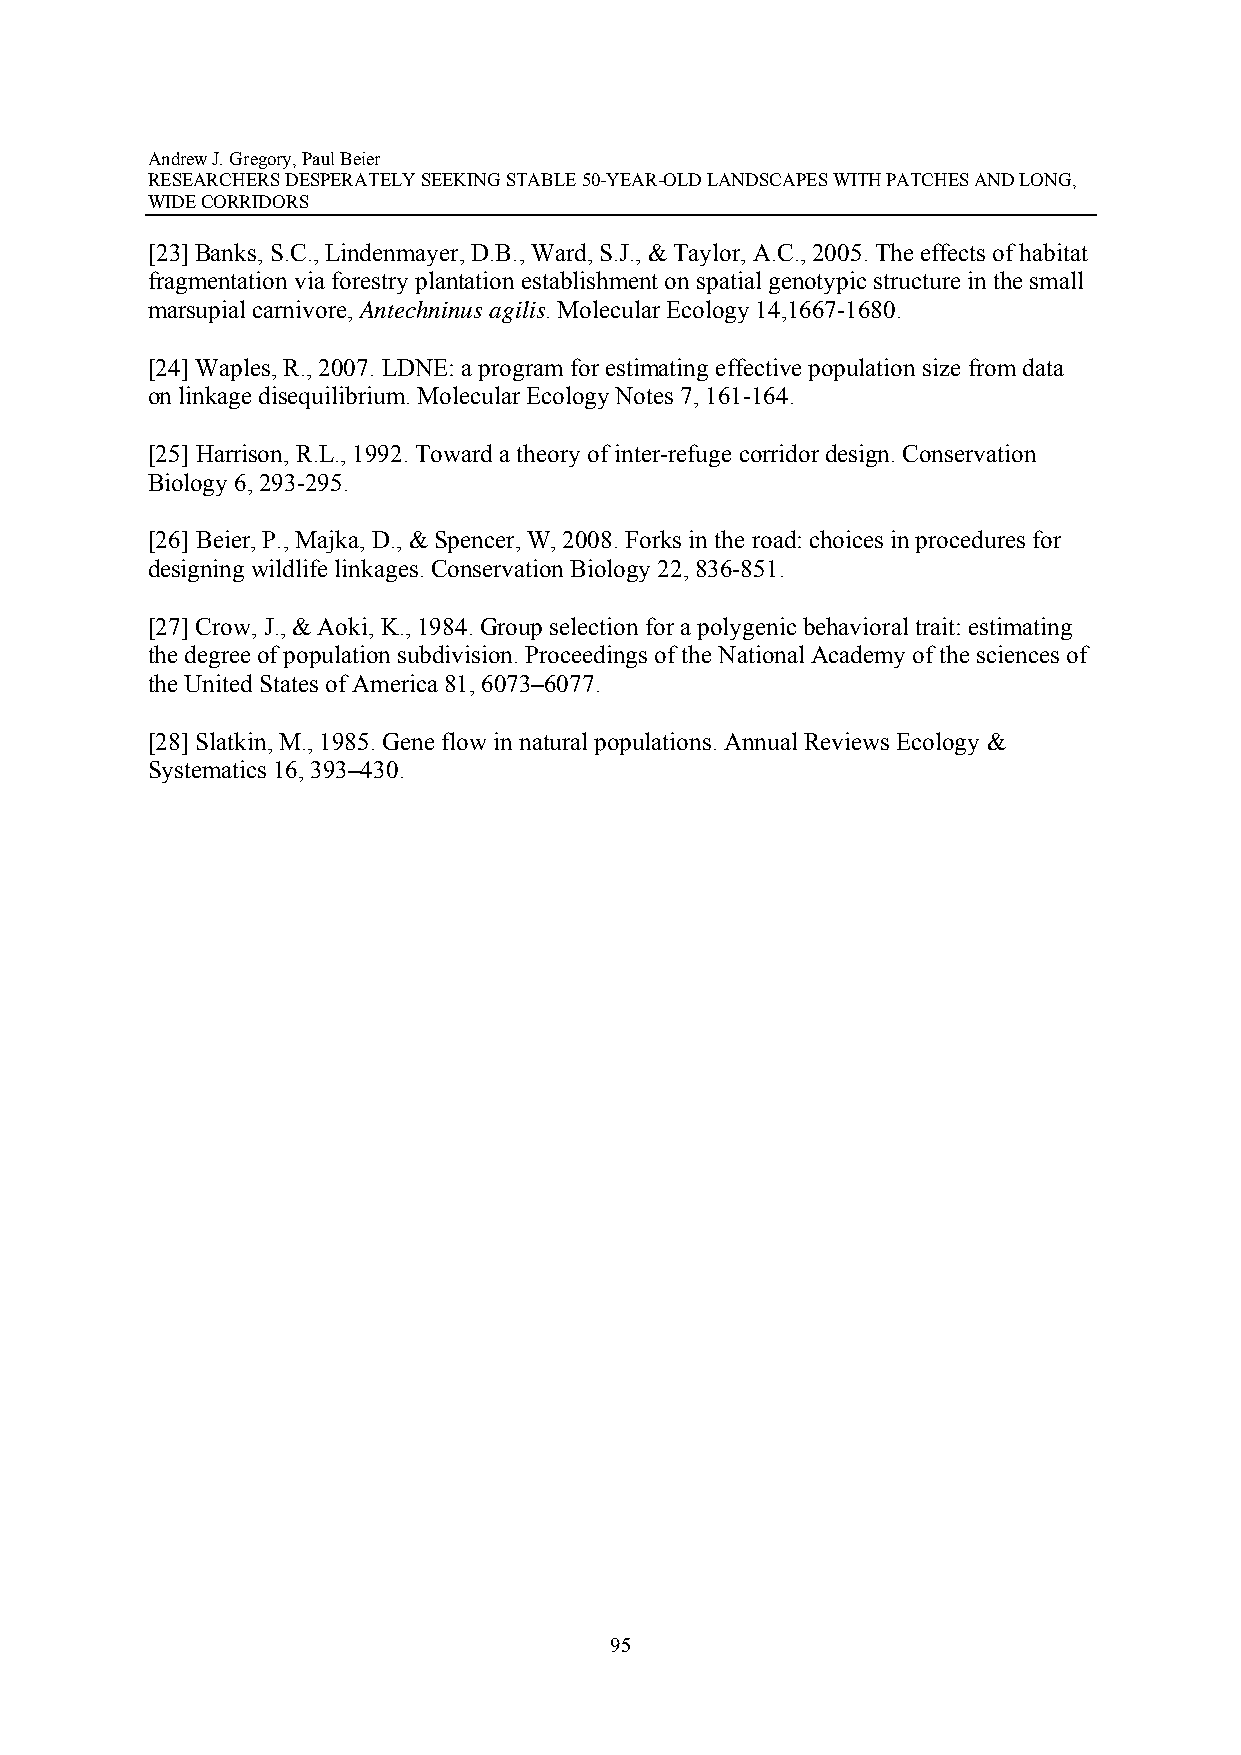
Andrew J. Gregory, Paul Beier
 RESEARCHERS DESPERATELY SEEKING STABLE 50-YEAR-OLD LANDSCAPES WITH PATCHES AND LONG,
 WIDE CORRIDORS
 [23] Banks, S.C., Lindenmayer, D.B., Ward, S.J., & Taylor, A.C., 2005. The effects of habitat
 fragmentation via forestry plantation establishment on spatial genotypic structure in the small
 marsupial carnivore, Antechninus agilis. Molecular Ecology 14,1667-1680.
 [24] Waples, R., 2007. LDNE: a program for estimating effective population size from data
 on linkage disequilibrium. Molecular Ecology Notes 7, 161-164.
 [25] Harrison, R.L., 1992. Toward a theory of inter-refuge corridor design. Conservation
 Biology 6, 293-295.
 [26] Beier, P., Majka, D., & Spencer, W, 2008. Forks in the road: choices in procedures for
 designing wildlife linkages. Conservation Biology 22, 836-851.
 [27] Crow, J., & Aoki, K., 1984. Group selection for a polygenic behavioral trait: estimating
 the degree of population subdivision. Proceedings of the National Academy of the sciences of
 the United States of America 81, 6073–6077.
 [28] Slatkin, M., 1985. Gene flow in natural populations. Annual Reviews Ecology &
 Systematics 16, 393–430.
 95